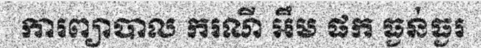
ការព្យាបាល ករណី អឹម ផក ធ្ងន់ធ្ងរ